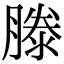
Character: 滕